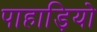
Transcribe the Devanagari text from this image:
पाहाड़ियो